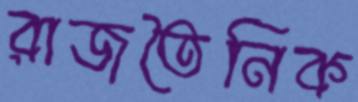
রাজতৈনিক